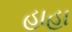
હાહા